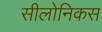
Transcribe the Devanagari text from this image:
सीलोनिकस